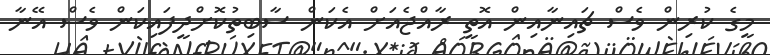
މީގެ ކުރިން ވެސް ޗައިނާއިން އޮތީ ރާއްޖެއަށް އެކަން ސާބިތުކޮށްދީފައިކަން ވެސް އޭނާ